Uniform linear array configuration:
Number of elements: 8
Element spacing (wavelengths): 1
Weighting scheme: kaiser
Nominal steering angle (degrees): -45
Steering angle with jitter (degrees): -43.974
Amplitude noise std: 0.05
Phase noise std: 0.05

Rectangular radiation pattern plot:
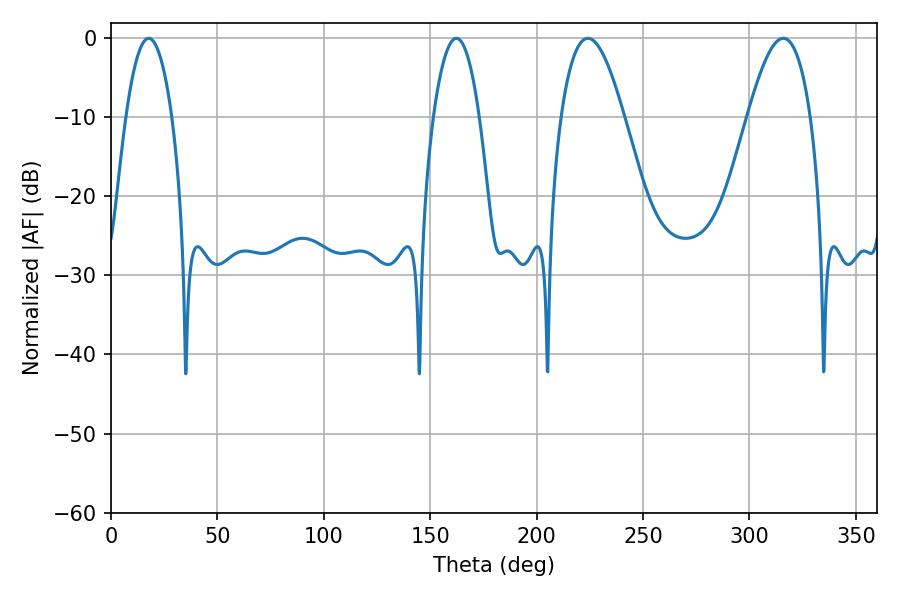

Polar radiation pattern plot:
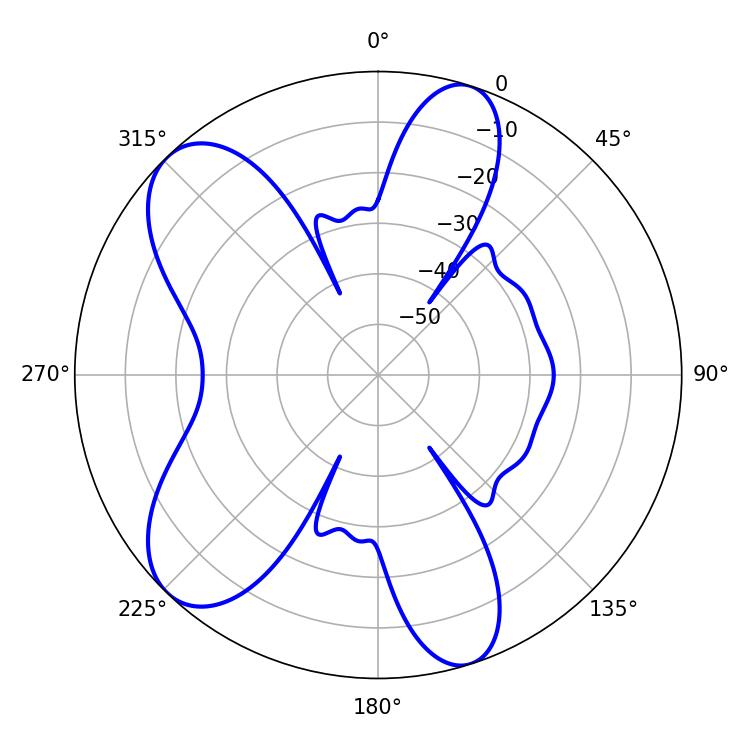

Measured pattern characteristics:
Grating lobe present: TRUE
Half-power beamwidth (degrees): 16.02
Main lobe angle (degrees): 224.1